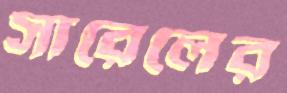
সারেলের